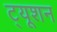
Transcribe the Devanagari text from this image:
ट्‍यूशन